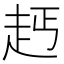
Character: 𧺪